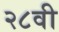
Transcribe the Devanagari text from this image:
२८वी